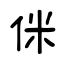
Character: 侎